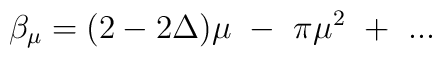
\beta_\mu=(2-2\Delta)\mu~-~\pi\mu^2~+~...